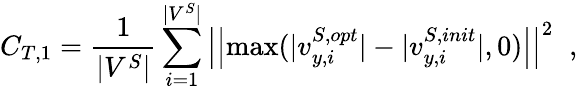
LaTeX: {C_{T,1}}=\frac{1}{{|{V^{S}}|}}\sum_{i=1}^{|{V^{S}}|}\left|\left|{\operatorname*{max}(|{v}_{y,i}^{S,opt}|-|{v}_{y,i}^{S,init}|,0)}\right|\right|^{2}\; \; ,